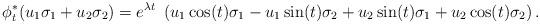
LaTeX: \begin{align*}\phi_t^*(u_1\sigma_1+u_2\sigma_2)=e^{\lambda t}\ \left( u_1\cos(t)\sigma_1-u_1\sin(t)\sigma_2+u_2\sin(t)\sigma_1+u_2\cos(t)\sigma_2 \right).\end{align*}